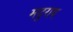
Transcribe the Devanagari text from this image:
मदुराय